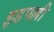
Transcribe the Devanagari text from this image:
इडपल्ली